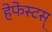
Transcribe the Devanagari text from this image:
हेफेस्टस्‌